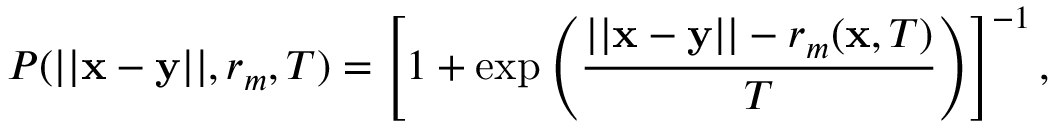
P ( | | \mathbf x - \mathbf y | | , r _ { m } , T ) = \left[ 1 + \exp \left( \frac { | | \mathbf x - \mathbf y | | - r _ { m } ( \mathbf x , T ) } { T } \right) \right] ^ { - 1 } ,